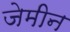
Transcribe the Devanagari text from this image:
जेमीन